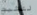
لتثبت